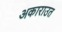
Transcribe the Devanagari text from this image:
अकाराउत